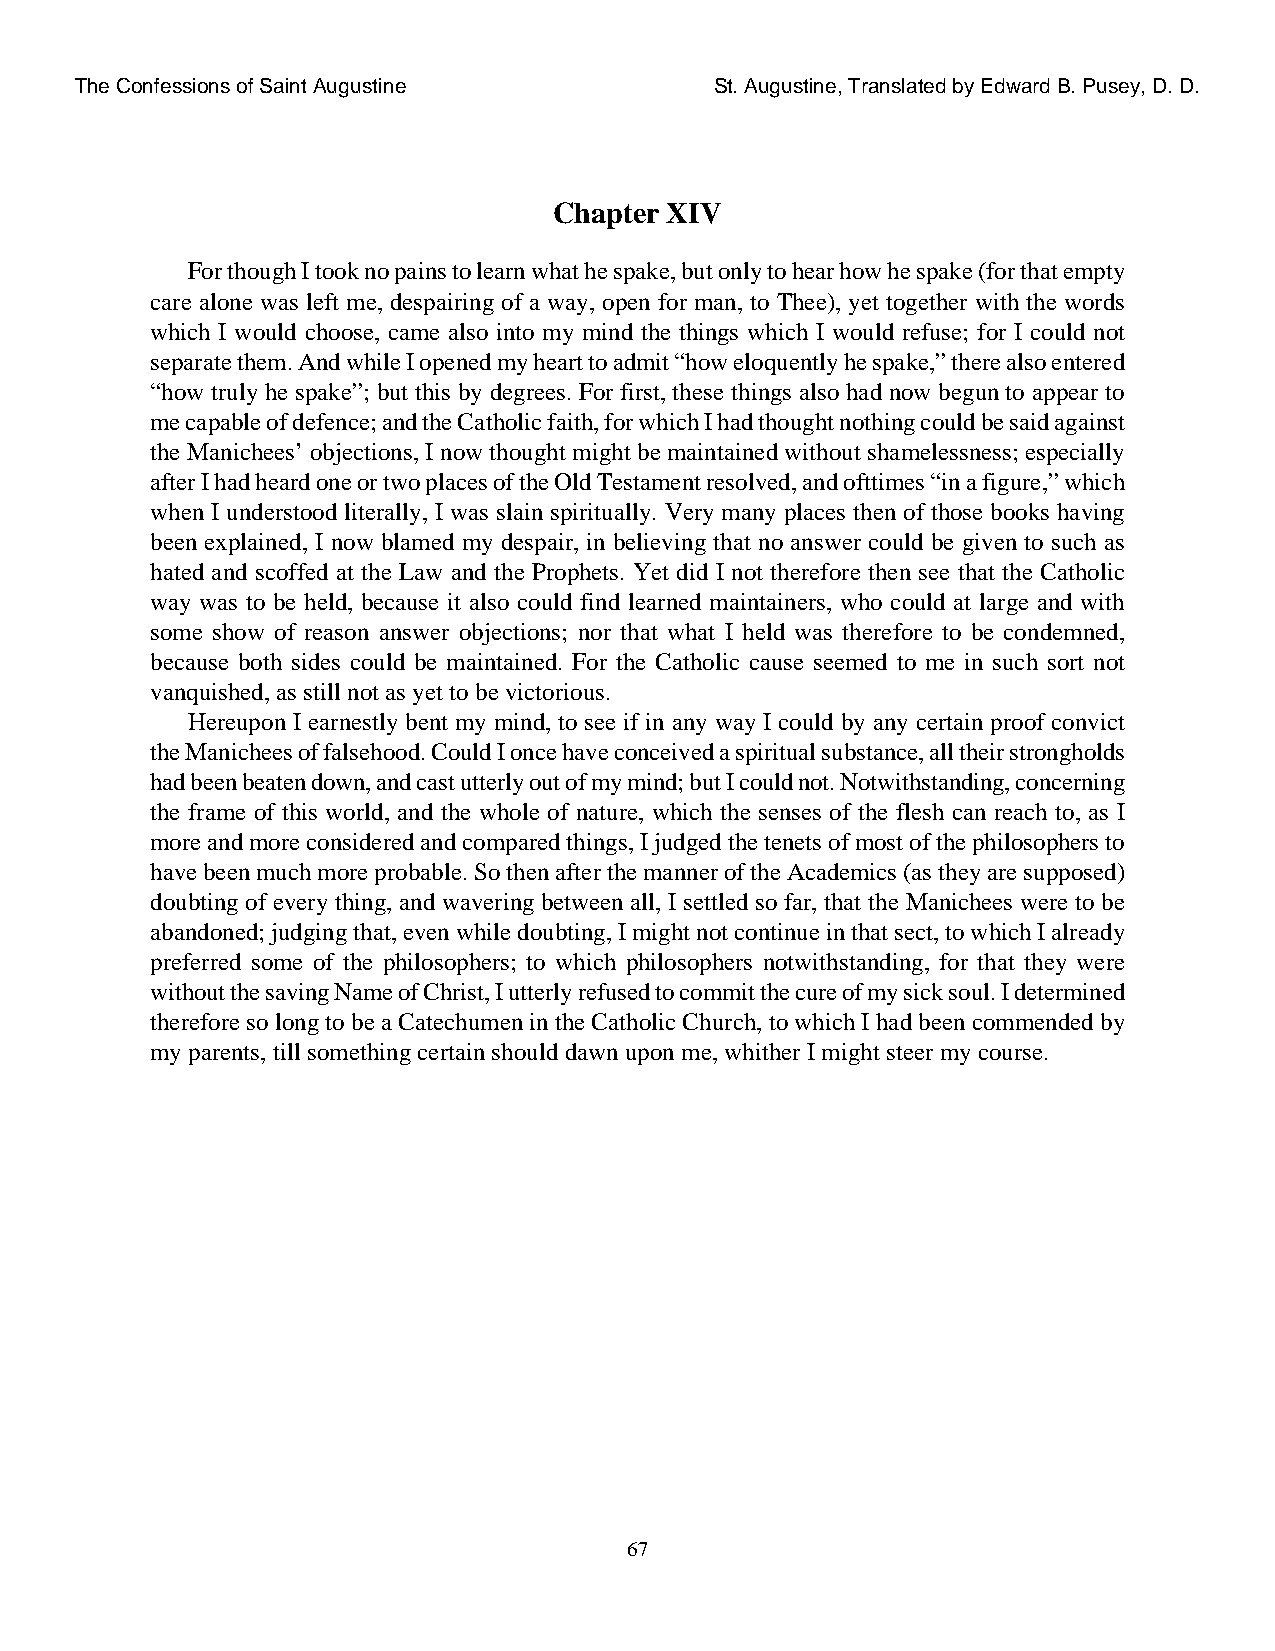
The Confessions of Saint Augustine        St. Augustine, Translated by Edward B. Pusey, D. D.
 Chapter XIV
 For though I took no pains to learn what he spake, but only to hear how he spake (for that empty
 care alone was left me, despairing of a way, open for man, to Thee), yet together with the words
 which I would choose, came also into my mind the things which I would refuse; for I could not
 separate them. And while I opened my heart to admit “how eloquently he spake,” there also entered
 “how truly he spake”; but this by degrees. For first, these things also had now begun to appear to
 me capable of defence; and the Catholic faith, for which I had thought nothing could be said against
 the Manichees’ objections, I now thought might be maintained without shamelessness; especially
 after I had heard one or two places of the Old Testament resolved, and ofttimes “in a figure,” which
 when I understood literally, I was slain spiritually. Very many places then of those books having
 been explained, I now blamed my despair, in believing that no answer could be given to such as
 hated and scoffed at the Law and the Prophets. Yet did I not therefore then see that the Catholic
 way was to be held, because it also could find learned maintainers, who could at large and with
 some show of reason answer objections; nor that what I held was therefore to be condemned,
 because both sides could be maintained. For the Catholic cause seemed to me in such sort not
 vanquished, as still not as yet to be victorious.
 Hereupon I earnestly bent my mind, to see if in any way I could by any certain proof convict
 the Manichees of falsehood. Could I once have conceived a spiritual substance, all their strongholds
 had been beaten down, and cast utterly out of my mind; but I could not. Notwithstanding, concerning
 the frame of this world, and the whole of nature, which the senses of the flesh can reach to, as I
 more and more considered and compared things, I judged the tenets of most of the philosophers to
 have been much more probable. So then after the manner of the Academics (as they are supposed)
 doubting of every thing, and wavering between all, I settled so far, that the Manichees were to be
 abandoned; judging that, even while doubting, I might not continue in that sect, to which I already
 preferred some of the philosophers; to which philosophers notwithstanding, for that they were
 without the saving Name of Christ, I utterly refused to commit the cure of my sick soul. I determined
 therefore so long to be a Catechumen in the Catholic Church, to which I had been commended by
 my parents, till something certain should dawn upon me, whither I might steer my course.
 67